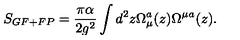
S _ { G F + F P } = { \frac { \pi \alpha } { 2 g ^ { 2 } } } \int d ^ { 2 } z \Omega _ { \mu } ^ { a } ( z ) \Omega ^ { \mu } { } ^ { a } ( z ) .